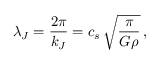
\lambda _ { J } = { \frac { 2 \pi } { k _ { J } } } = c _ { s } \, \sqrt { \frac { \pi } { G \rho } } \, ,